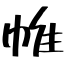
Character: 帷